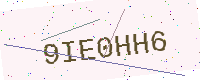
Text: 9IE0HH6